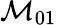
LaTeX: \mathcal{M}_{01}